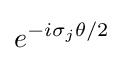
e^{-i\sigma _{j}\theta /2}